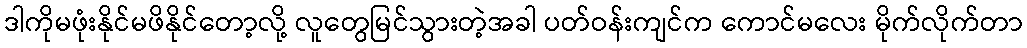
ဒါကိုမဖုံးနိုင်မဖိနိုင်တော့လို့ လူတွေမြင်သွားတဲ့အခါ ပတ်ဝန်းကျင်က ကောင်မလေး မိုက်လိုက်တာ